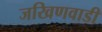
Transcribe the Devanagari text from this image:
जखिणवाडी